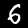
Digit: 6